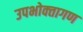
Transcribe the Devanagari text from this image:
उपभोक्‍तागण